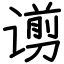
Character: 谫